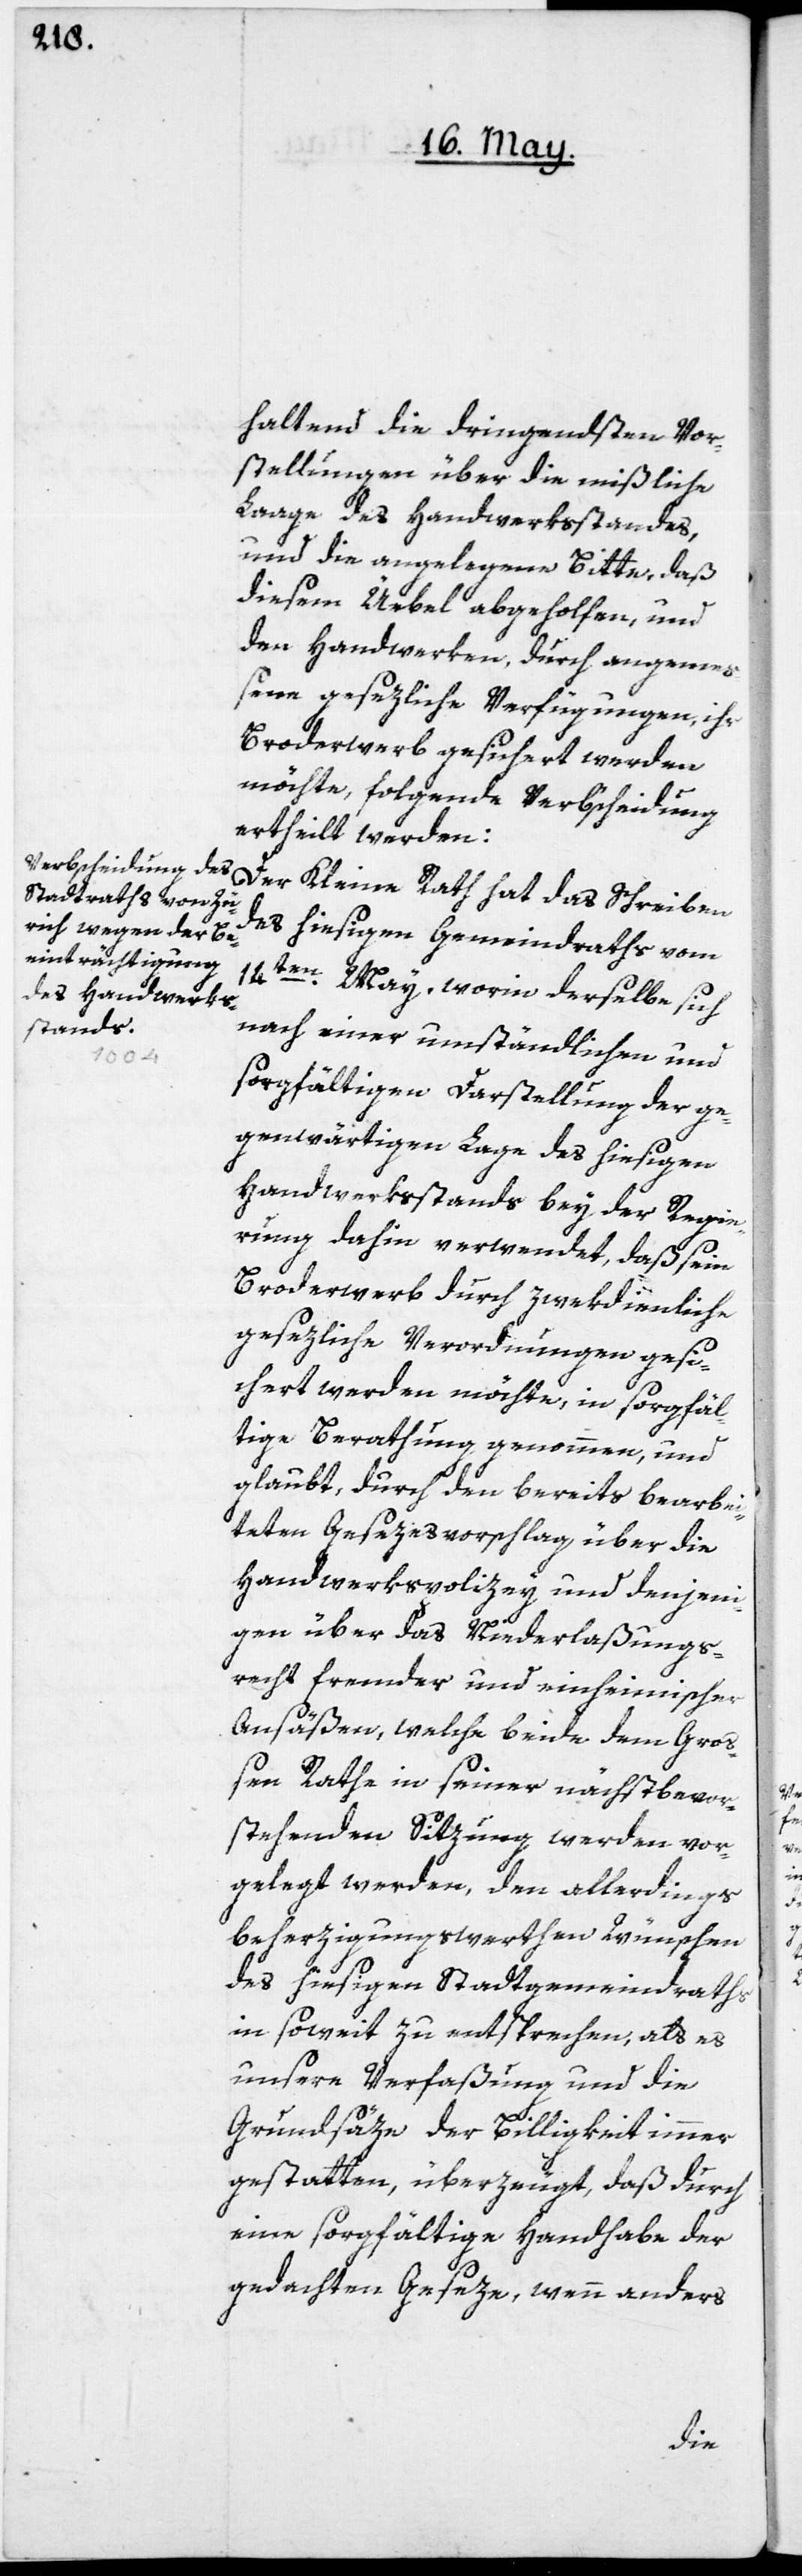
haltend die dringendsten Vor¬
stellungen über die mißliche
Lage des Handwerkßtandes,
und die angelegene Bitte, daß
diesem Üebel abgeholfen, und
den Handwerken, durch angeme¬
ßene gesezliche Verfügungen, ihr
Broderwerb gesichert werden
möchte, folgende Verbscheidung
ertheilt werden:
Der Kleine Rath hat das Schreiben
des hiesigen Gemeindraths vom
14ten May, worin derselbe sich
nach einer umständlichen und
sorgfältigen Darstellung der ge¬
genwärtigen Lage des hiesigen
Handwerksstands bey der Regie¬
rung dahin verwendet, daß sein
Broderwerb durch zwekdienliche
gesezliche Verordnungen gesi¬
chert werden möchte, in sorgfäl¬
tige Berathung genommen, und
glaubt, durch den bereits bearbei¬
teten Gesezesvorschlag über die
Handwerkspolizey und denjeni¬
gen über das Niederlaßungs¬
recht fremder und einheimischer
Ansäßen, welche beide dem Groß¬
en Rathe in seiner nächstbevor¬
stehenden Sitzung werden vor¬
gelegt werden, den allerdings
beherzigungswerthen Wünschen
des hiesigen Stadtgemeindraths
in soweit zu entsprechen, als es
unsere Verfaßung und die
Grundsäze der Billigkeit immer
gestatten, überzeugt, daß durch
eine sorgfältige Handhabe der
gedachten Geseze, wenn anders